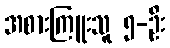
အစားကြူးသူ ၅-ဦး